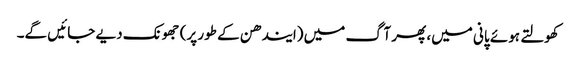
کھولتے ہوئے پانی میں، پھر آگ میں (ایندھن کے طور پر) جھونک دیے جائیں گے۔